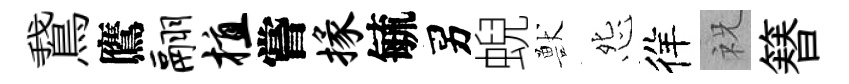
鵞鷹翮植嘗掾毓男蜺獸怨徉祝簮